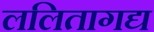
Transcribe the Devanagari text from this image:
ललितागद्य